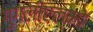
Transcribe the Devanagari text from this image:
गुगलीएल्मो